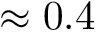
\approx 0 . 4